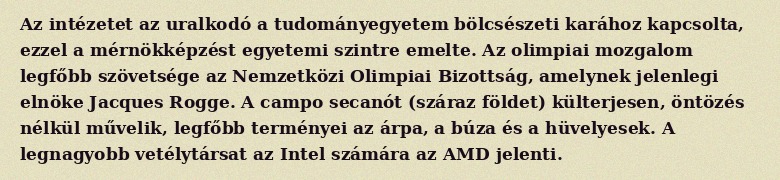
Az intézetet az uralkodó a tudományegyetem bölcsészeti karához kapcsolta, ezzel a mérnökképzést egyetemi szintre emelte. Az olimpiai mozgalom legfőbb szövetsége az Nemzetközi Olimpiai Bizottság, amelynek jelenlegi elnöke Jacques Rogge. A campo secanót (száraz földet) külterjesen, öntözés nélkül művelik, legfőbb terményei az árpa, a búza és a hüvelyesek. A legnagyobb vetélytársat az Intel számára az AMD jelenti.